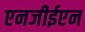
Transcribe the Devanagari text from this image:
एनजीईएन